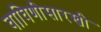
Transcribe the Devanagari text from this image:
वाघिणीसारखी